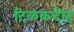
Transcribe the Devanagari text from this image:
टिळकदोह